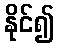
နိုင်၍